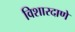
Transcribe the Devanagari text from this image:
विशारदाणे